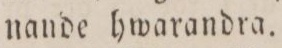
nande hwarandra.